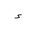
Letter: _hamza